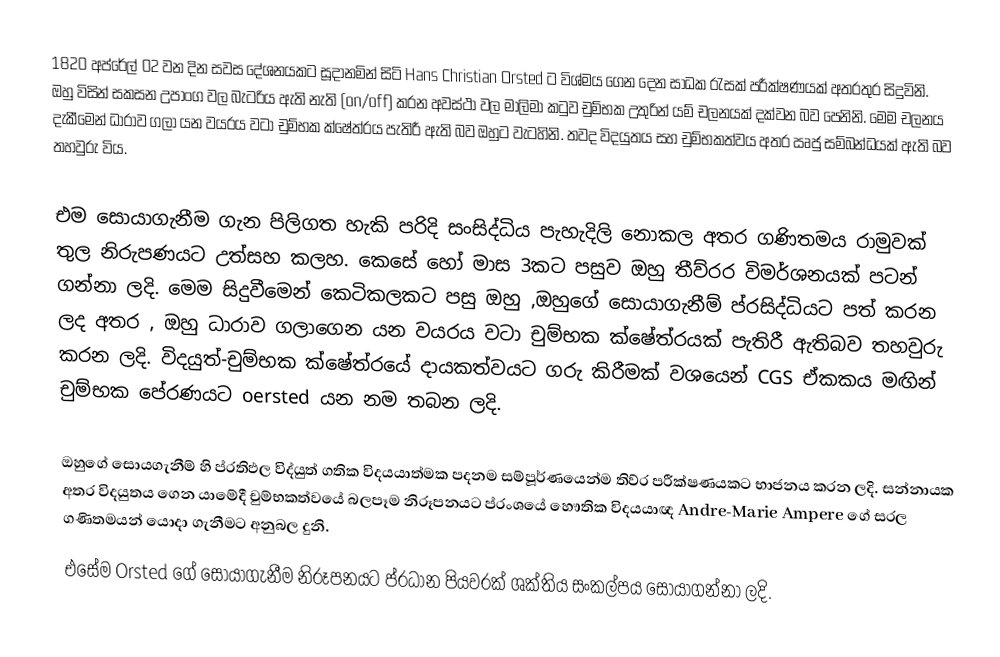
1820 අප්රේල් 02 වන දින සවස දේශනයකට සූදානමින් සිටි Hans Christian Orsted ට විශ්මය ගෙන දෙන සාධක රැසක් පරීක්ෂණයක් අතරතුර සිදුවිනි. ඔහු විසින් සකසන උපාංග වල බැටරිය ඇති නැති (on/off) කරන අවස්ථා වල මාලිමා කටුව චුම්භක උතුරින් යම් චලනයක් දක්වන බව පෙනිනි. මෙම චලනය දැකීමෙන් ධාරාව ගලා යන වයරය  වටා චුම්භක ක්ෂේත්රය පැතිරී ඇති බව ඔහුට වැටහිනි. තවද විදයුතය සහ චුම්භකත්වය අතර ඍජු සම්බන්ධයක් ඇති බව තහවුරු විය.

එම සොයාගැනීම ගැන පිලිගත හැකි පරිදි සංසිද්ධිය පැහැදිලි නොකල අතර ගණිතමය රාමුවක් තුල නිරුපණයට උත්සහ කලහ. කෙසේ හෝ මාස 3කට පසුව ඔහු තීව්රර විමර්ශනයක් පටන් ගන්නා ලදි. මෙම සිදුවීමෙන් කෙටිකලකට පසු ඔහු ,ඔහුගේ සොයාගැනීම් ප්රසිද්ධියට පත් කරන ලද අතර , ඔහු ධාරාව ගලාගෙන යන වයරය වටා චුම්භක ක්ෂේත්රයක් පැතිරී ඇතිබව තහවුරු කරන ලදි. විදයුත්-චුම්භක ක්ෂේත්රයේ දායකත්වයට ගරු කිරීමක් වශයෙන්  CGS ඒකකය මඟින් චුම්භක පේරණයට oersted  යන නම තබන ලදි.

ඔහුගේ සොයගැනීම් හි ප්රතිඵල විද්යුත් ගතික විදයයාත්මක පදනම සම්පූර්ණයෙන්ම තිව්ර පරීක්ෂණයකට භාජනය කරන ලදි. සන්නායක අතර විදයුතය ගෙන යාමේදී චුම්භකත්වයේ බලපෑම නිරූපනයට ප්රංශයේ හෞතික විදයයාඥ Andre-Marie Ampere ගේ සරල ගණිතමයන් යොදා ගැනීමට අනුබල දුනි.
එසේම Orsted ගේ සොයාගැනීම නිරූපනයට ප්රධාන පියවරක් ශක්තිය සංකල්පය සොයාගන්නා ලදි.